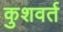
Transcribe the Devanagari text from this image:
कुशवर्त